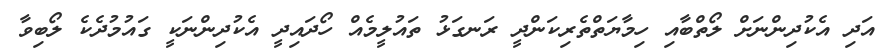
އަދި އެކުދިންނަށް ލޯތްބާއި ހިމާޔަތްތެރިކަންދީ ރަނގަޅު ތައުލީމެއް ހޯދައިދީ އެކުދިންނަކީ ގައުމުދެކެ ލޯބިވާ